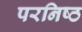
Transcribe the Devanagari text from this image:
परनिष्ठ